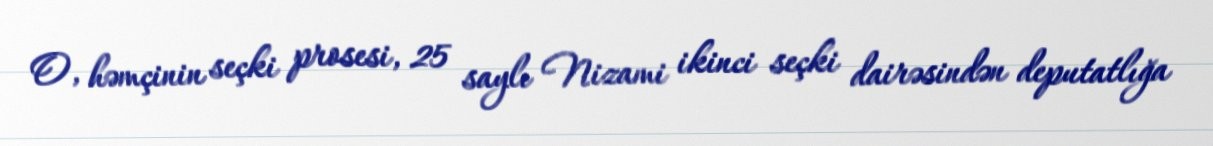
O, həmçinin seçki prosesi, 25 saylı Nizami ikinci seçki dairəsindən deputatlığa